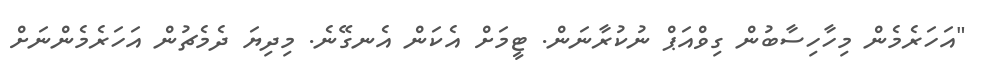
"އަހަރެމެން މިހާހިސާބުން ގިވްއަޕް ނުކުރާނަން. ޓީމަށް އެކަން އެނގޭނެ. މިދިޔަ ދެމެޗުން އަހަރެމެންނަށް